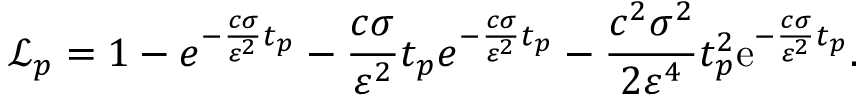
\mathcal { L } _ { p } = 1 - e ^ { - \frac { c \sigma } { \varepsilon ^ { 2 } } t _ { p } } - \frac { c \sigma } { \varepsilon ^ { 2 } } t _ { p } e ^ { - \frac { c \sigma } { \varepsilon ^ { 2 } } t _ { p } } - \frac { c ^ { 2 } \sigma ^ { 2 } } { 2 \varepsilon ^ { 4 } } t _ { p } ^ { 2 } \mathrm { e } ^ { - \frac { c \sigma } { \varepsilon ^ { 2 } } t _ { p } } .